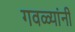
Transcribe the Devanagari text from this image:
गवळ्यांनी